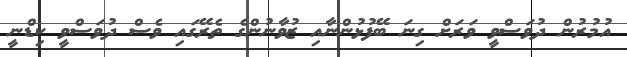
އުމުރުން ދުވަސްވީ ވަރަށް ގިނަ ބޭފުޅުންނާއި ޒުވާނުންގެ ތެރޭގައި ވެސް ދުވަސްވީ ކިޑްނީ